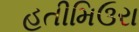
હતીમિઉરા